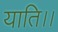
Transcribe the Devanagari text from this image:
याति।।